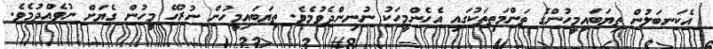
އެކަނބަލުން ތިޔަބައިމީހުންގެ ތަންމަތިތަކުގައި އެހެންމީހަކު ނުނިންދެވުމެވެ. ތިޔަބައިމީހުން ނުރުހޭ މީހުން ގެޔަށް ނުވެއްދުމެވެ.